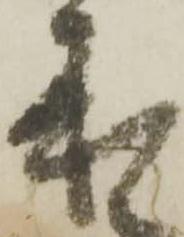
来